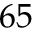
6 5